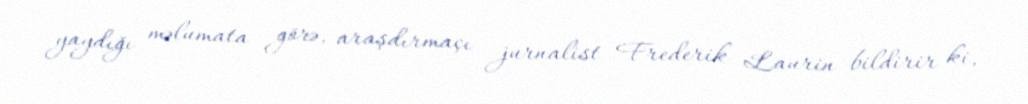
yaydığı məlumata görə, araşdırmaçı jurnalist Frederik Laurin bildirir ki,